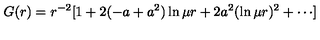
G ( r ) = r ^ { - 2 } [ 1 + 2 ( - a + a ^ { 2 } ) \ln \mu r + 2 a ^ { 2 } ( \ln \mu r ) ^ { 2 } + \cdots ]